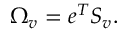
\begin{array} { r } { \Omega _ { v } = e ^ { T } S _ { v } . } \end{array}